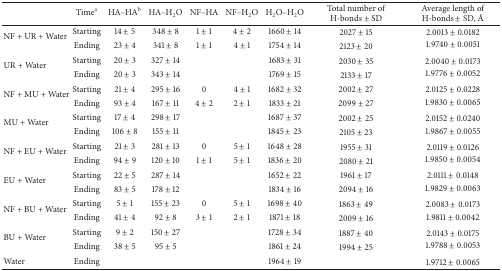
<table><thead><tr><td><b> </b></td><td><b>Time<sup>a</sup></b></td><td><b>HA–HA<sup>b</sup></b></td><td><b>HA–H<sub>2</sub>O</b></td><td><b>NF–HA</b></td><td><b>NF–H<sub>2</sub>O</b></td><td><b>H<sub>2</sub>O–H<sub>2</sub>O</b></td><td><b>Total number ofH-bonds ± SD </b></td><td><b>Average length ofH-bonds ± SD, Å</b></td></tr></thead><tbody><tr><td rowspan="2">NF + UR + Water</td><td>Starting</td><td>14 ± 5 </td><td>348 ± 8 </td><td>1 ± 1 </td><td>4 ± 2 </td><td>1660 ± 14 </td><td>2027 ± 15 </td><td>2.0013 ± 0.0182 </td></tr><tr><td>Ending</td><td>23 ± 4</td><td>341 ± 8</td><td>1 ± 1</td><td>4 ± 1</td><td>1754 ± 14</td><td>2123 ± 20</td><td>1.9740 ± 0.0051</td></tr><tr><td rowspan="2">UR + Water</td><td>Starting</td><td>20 ± 3 </td><td>327 ± 14</td><td> </td><td> </td><td>1683 ± 31 </td><td>2030 ± 35 </td><td>2.0040 ± 0.0173 </td></tr><tr><td>Ending</td><td>20 ± 3</td><td>343 ± 14</td><td> </td><td> </td><td>1769 ± 15</td><td>2133 ± 17</td><td>1.9776 ± 0.0052</td></tr><tr><td rowspan="2">NF + MU + Water</td><td>Starting</td><td>21 ± 4 </td><td>295 ± 16</td><td>0 </td><td>4 ± 1</td><td>1682 ± 32 </td><td>2002 ± 27 </td><td>2.0125 ± 0.0228 </td></tr><tr><td>Ending</td><td>93 ± 4</td><td>167 ± 11</td><td>4 ± 2</td><td>2 ± 1</td><td>1833 ± 21</td><td>2099 ± 27</td><td>1.9830 ± 0.0065</td></tr><tr><td rowspan="2">MU + Water</td><td>Starting</td><td>17 ± 4 </td><td>298 ± 17 </td><td> </td><td> </td><td>1687 ± 37 </td><td>2002 ± 25 </td><td>2.0152 ± 0.0240 </td></tr><tr><td>Ending</td><td>106 ± 8</td><td>155 ± 11</td><td> </td><td> </td><td>1845 ± 23</td><td>2105 ± 23</td><td>1.9867 ± 0.0055</td></tr><tr><td rowspan="2">NF + EU + Water</td><td>Starting</td><td>21 ± 3 </td><td>281 ± 13 </td><td>0</td><td>5 ± 1 </td><td>1648 ± 28 </td><td>1955 ± 31 </td><td>2.0119 ± 0.0126 </td></tr><tr><td>Ending</td><td>94 ± 9</td><td>120 ± 10</td><td>1 ± 1</td><td>5 ± 1</td><td>1836 ± 20</td><td>2080 ± 21</td><td>1.9850 ± 0.0054</td></tr><tr><td rowspan="2">EU + Water</td><td>Starting</td><td>22 ± 5 </td><td>287 ± 14 </td><td> </td><td> </td><td>1652 ± 22 </td><td>1961 ± 17 </td><td>2.0111 ± 0.0148 </td></tr><tr><td>Ending</td><td>83 ± 5</td><td>178 ± 12</td><td> </td><td> </td><td>1834 ± 16</td><td>2094 ± 16</td><td>1.9829 ± 0.0063</td></tr><tr><td rowspan="2">NF + BU + Water</td><td>Starting</td><td>5 ± 1 </td><td>155 ± 23 </td><td>0</td><td>5 ± 1 </td><td>1698 ± 40 </td><td>1863 ± 49 </td><td>2.0083 ± 0.0173 </td></tr><tr><td>Ending</td><td>41 ± 4</td><td>92 ± 8</td><td>3 ± 1</td><td>2 ± 1</td><td>1871 ± 18</td><td>2009 ± 16</td><td>1.9811 ± 0.0042</td></tr><tr><td rowspan="2">BU + Water</td><td>Starting</td><td>9 ± 2 </td><td>150 ± 27 </td><td> </td><td> </td><td>1728 ± 34 </td><td>1887 ± 40 </td><td>2.0143 ± 0.0175 </td></tr><tr><td>Ending</td><td>38 ± 5</td><td>95 ± 5</td><td> </td><td> </td><td>1861 ± 24</td><td>1994 ± 25</td><td>1.9788 ± 0.0053</td></tr><tr><td>Water</td><td>Ending</td><td> </td><td> </td><td> </td><td> </td><td>1964 ± 19</td><td> </td><td>1.9712 ± 0.0065</td></tr></tbody></table>